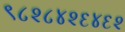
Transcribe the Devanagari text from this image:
९८२८४२६४६२